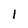
Character: I